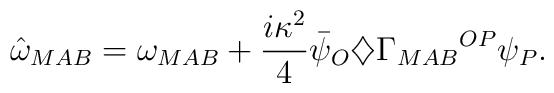
{\hat\omega}_{MAB}=\omega_{MAB}+\frac{i\kappa^2}{4}{\bar\psi}_O\diamondsuit{\Gamma_{MAB}}^{OP}\psi_P.